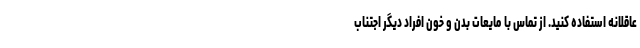
عاقلانه استفاده کنید. از تماس با مایعات بدن و خون افراد دیگر اجتناب